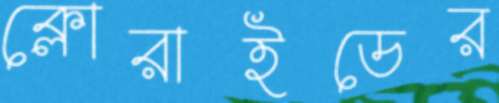
ক্লোরাইডের